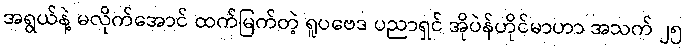
အရွယ်နဲ့ မလိုက်အောင် ထက်မြက်တဲ့ ရူပဗေဒ ပညာရှင် အိုပဲန်ဟိုင်မာဟာ အသက် ၂၅